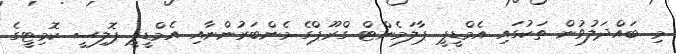
މި ބައްދަލުވުން ތަކުގައި އެމްޑީޕީ ޕާލަމެންޓް ގްރޫޕްގެ މެންބަރުންނާއި އެމްޑީޕީ ޕޮލިސީ ކޮމިޓީގެ